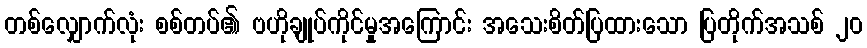
တစ်လျှောက်လုံး စစ်တပ်၏ ဗဟိုချုပ်ကိုင်မှုအကြောင်း အသေးစိတ်ပြထားသော ပြတိုက်အသစ် ၂၀